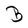
Character: B